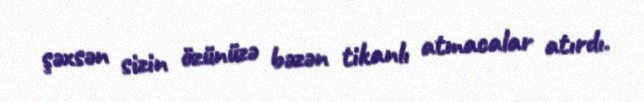
şəxsən sizin özünüzə bəzən tikanlı atmacalar atırdı.